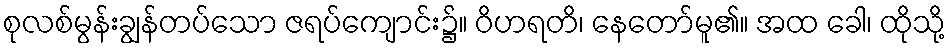
စုလစ်မွန်းချွန်တပ်သော ဇရပ်ကျောင်း၌။ ဝိဟရတိ၊ နေတော်မူ၏။ အထ ခေါ၊ ထိုသို့